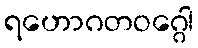
ရဟောဂတဝဂ္ဂေါ